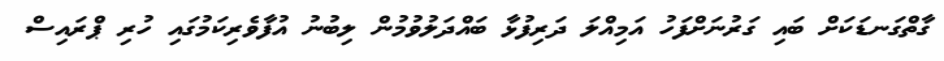
ގާތްގަނޑަކަށް ބައި ގަރުނަށްފަހު އަމިއްލަ ދަރިފުޅާ ބައްދަލުވުމުން ލިބުނު އުފާވެރިކަމުގައި ހުރި ޕްރައިސް